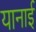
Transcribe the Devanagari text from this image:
यानाई